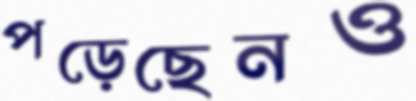
পড়েছেনও